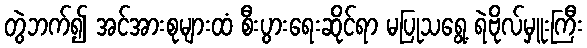
တွဲဘက်၍ အင်အားစုများထံ စီးပွားရေးဆိုင်ရာ မပြုသရွေ့ ရဲဗိုလ်မှူးကြီး